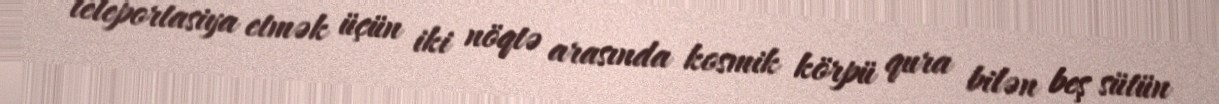
teleportasiya etmək üçün iki nöqtə arasında kosmik körpü qura bilən beş sütün